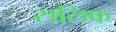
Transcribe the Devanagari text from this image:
सलिफ